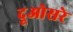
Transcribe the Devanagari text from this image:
दूओसरे